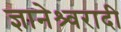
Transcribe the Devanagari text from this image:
ज्ञानेश्र्वरादी